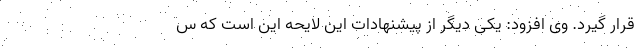
قرار گیرد. وی افزود: یکی دیگر از پیشنهادات این لایحه این است که س